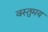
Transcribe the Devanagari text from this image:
वस्तुमय